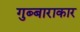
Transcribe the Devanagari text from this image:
गुब्बाराकार